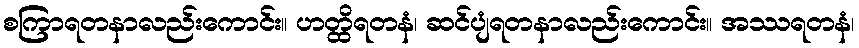
စကြာရတနာလည်းကောင်း။ ဟတ္ထိရတနံ၊ ဆင်ပျံရတနာလည်းကောင်း။ အဿရတနံ၊